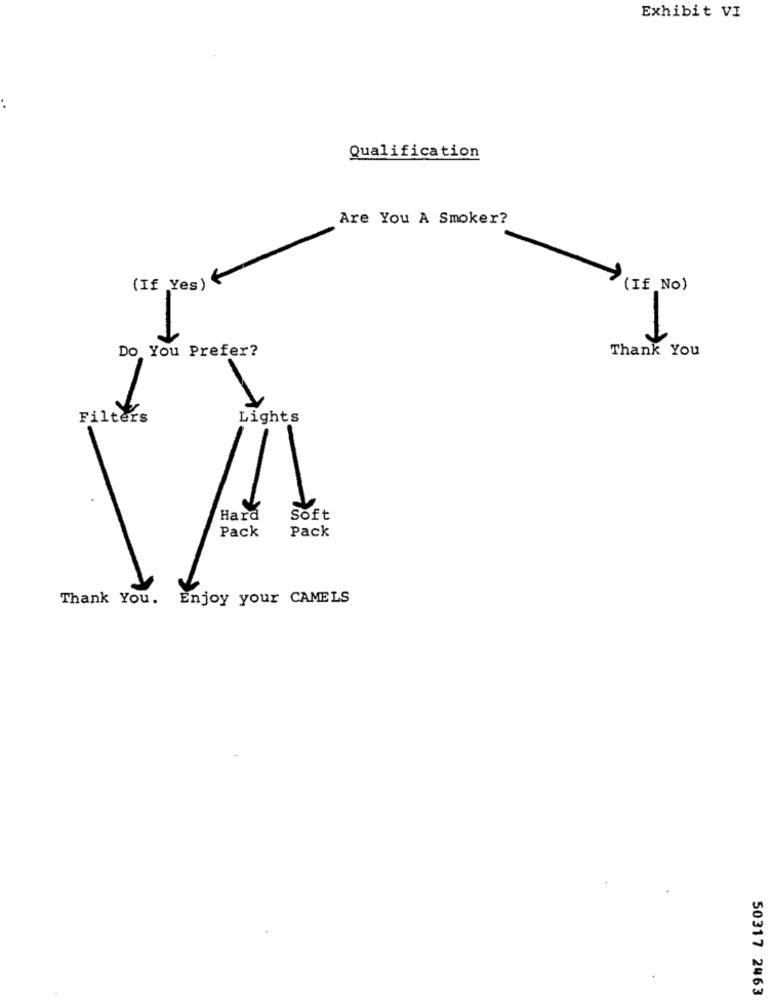
Exhibit VI
Qualification
Are You A Smoker?
(If Yes)
(If No)
1
Do You Prefer?
Thank You
Filters
Lights
Hard
Soft
Pack
Pack
Thank You. Enjoy your CAMELS
50317 2463